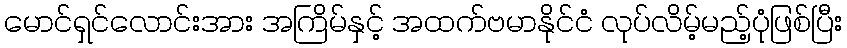
မောင်ရှင်လောင်းအား အကြိမ်နှင့် အထက်ဗမာနိုင်ငံ လုပ်လိမ့်မည့်ပုံဖြစ်ပြီး